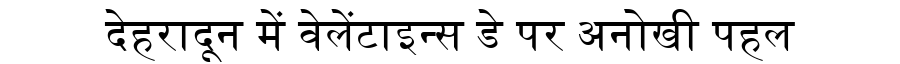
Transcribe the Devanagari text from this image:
देहरादून में वेलेंटाइन्स डे पर अनोखी पहल